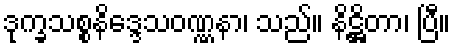
ဒုက္ခသစ္စနိဒ္ဒေသဝဏ္ဏနာ၊ သည်။ နိဋ္ဌိတာ၊ ပြီ။